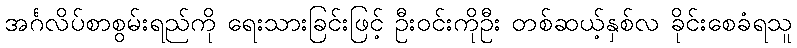
အင်္ဂလိပ်စာစွမ်းရည်ကို ရေးသားခြင်းဖြင့် ဦးဝင်းကိုဦး တစ်ဆယ့်နှစ်လ ခိုင်းစေခံရသူ